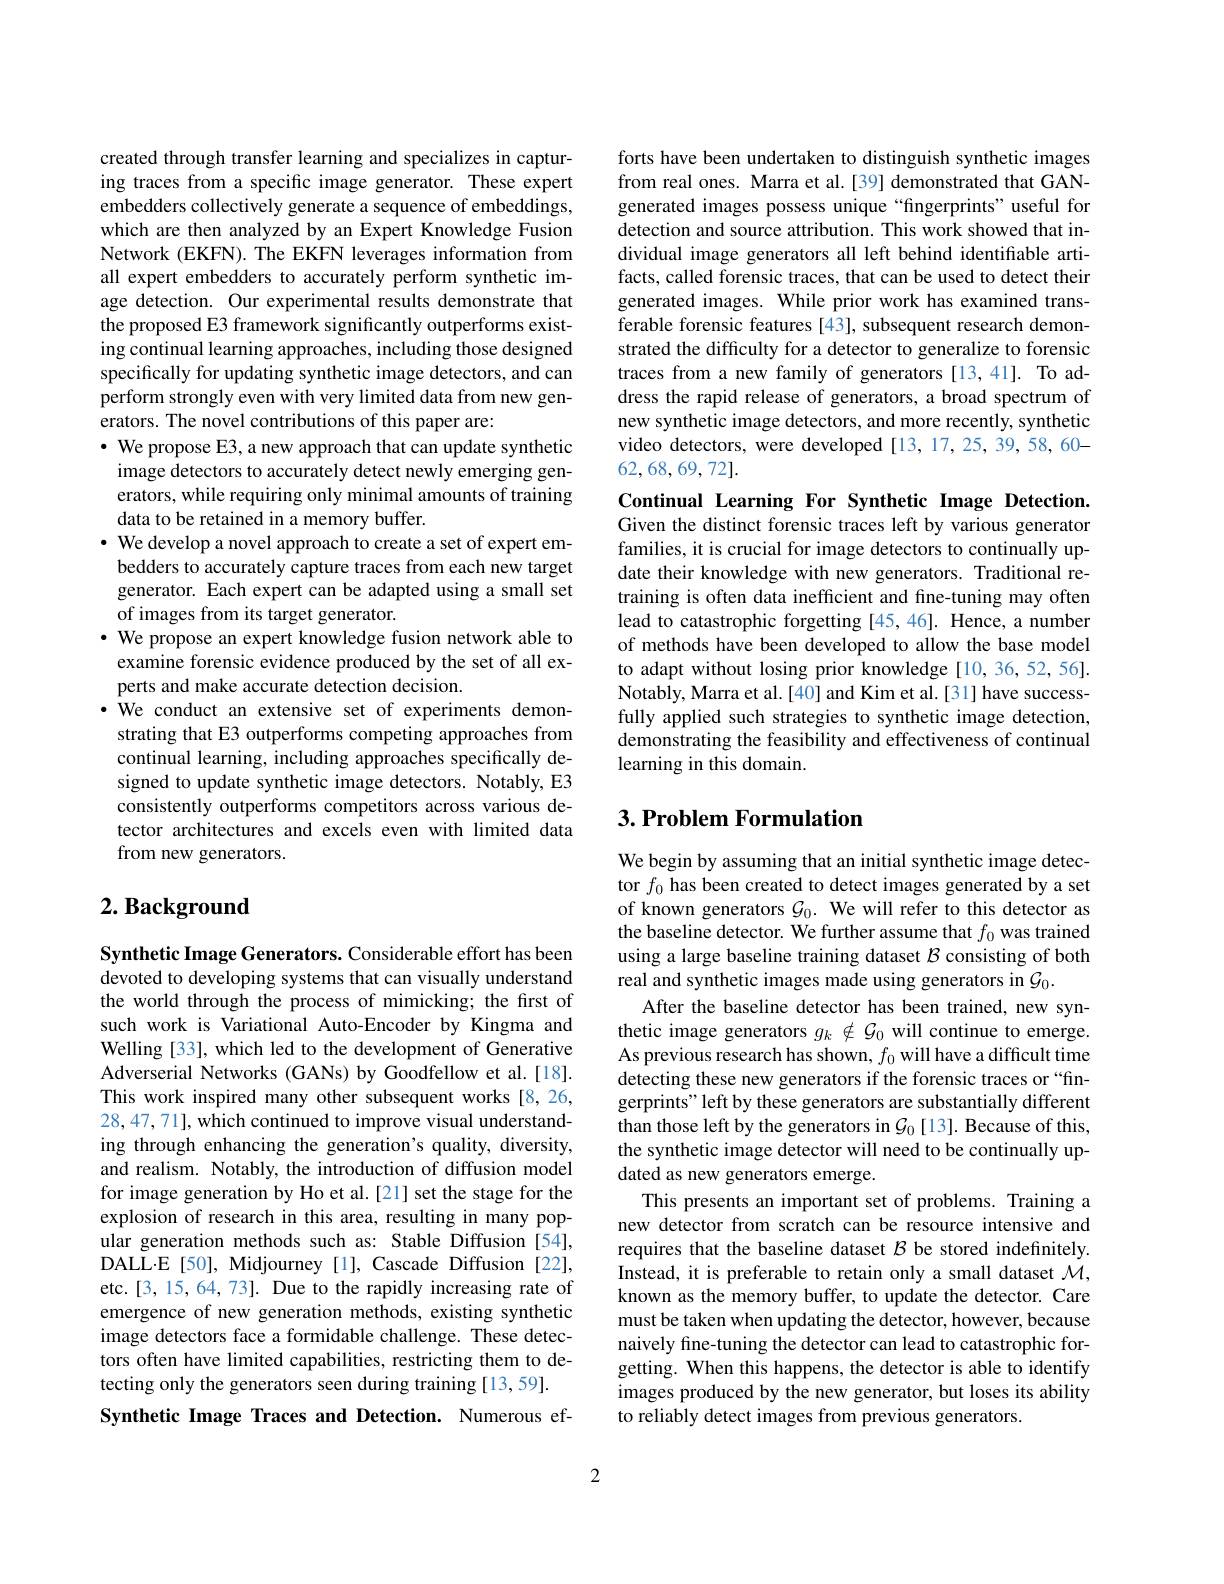
created through transfer learning and specializes in capturing traces from a specific image generator. These expert embedders collectively generate a sequence of embeddings, which are then analyzed by an Expert Knowledge Fusion Network (EKFN). The EKFN leverages information from all expert embedders to accurately perform synthetic image detection. Our experimental results demonstrate that the proposed E3 framework significantly outperforms existing continual learning approaches, including those designed specifically for updating synthetic image detectors, and can perform strongly even with very limited data from new generators. The novel contributions of this paper are:
$\cdot$ We propose E3, a new approach that can update synthetic image detectors to accurately detect newly emerging generators, while requiring only minimal amounts of training data to be retained in a memory buffer.
$\bullet$ We develop a novel approach to create a set of expert em-
bedders to accurately capture traces from each new target generator. Each expert can be adapted using a small set of images from its target generator.
$\cdot$ We propose an expert knowledge fusion network able to
examine forensic evidence produced by the set of all ex-
perts and make accurate detection decision.
·We conduct an extensive set of experiments demonstrating that E3 outperforms competing approaches from continual learning, including approaches specifically designed to update synthetic image detectors. Notably, E3 consistently outperforms competitors across various detector architectures and excels even with limited data from new generators.

# $2. \textbf{ Background}$

Synthetic Image Generators. Considerable effort has been devoted to developing systems that can visually understand the world through the process of mimicking; the first of such work is Variational Auto-Encoder by Kingma and Welling [33], which led to the development of Generative Adverserial Networks (GANs) by Goodfellow et al.[18]. This work inspired many other subsequent works [8,26, 28,47,71], which continued to improve visual understanding through enhancing the generation's quality, diversity, and realism. Notably, the introduction of diffusion model for image generation by Ho et al.[21] set the stage for the explosion of research in this area, resulting in many popular generation methods such as: Stable Diffusion [54], $DALL\cdot E[50], Midjourney [1], Cascade Diffusion [22]$, etc.[3,15,64,73]. Due to the rapidly increasing rate of emergence of new generation methods, existing synthetic image detectors face a formidable challenge. These detectors often have limited capabilities, restricting them to detecting only the generators seen during training [13,59].
Synthetic Image Traces and Detection. Numerous ef-

forts have been undertaken to distinguish synthetic images from real ones. Marra et al.[39] demonstrated that GANgenerated images possess unique “fingerprints”useful for detection and source attribution. This work showed that individual image generators all left behind identifiable artifacts, called forensic traces, that can be used to detect their generated images. While prior work has examined transferable forensic features [43], subsequent research demonstrated the difficulty for a detector to generalize to forensic traces from a new family of generators [13,41]. To address the rapid release of generators, a broad spectrum of new synthetic image detectors, and more recently, synthetic video detectors, were developed [13,17,25,39,58,60- 62,68,69,72].

Continual Learning For Synthetic Image Detection. Given the distinct forensic traces left by various generator families, it is crucial for image detectors to continually update their knowledge with new generators. Traditional retraining is often data inefficient and fine-tuning may often lead to catastrophic forgetting [45,46]. Hence, a number of methods have been developed to allow the base model to adapt without losing prior knowledge[10,36,52,56]. Notably, Marra et al. [40] and Kim et al.[31] have successfully applied such strategies to synthetic image detection, demonstrating the feasibility and effectiveness of continual learning in this domain.

## $3. \textbf{ Problem Formulation}$

We begin by assuming that an initial synthetic image detector $f_0$ has been created to detect images generated by a set of known generators $\mathcal{G}_0.$ We will refer to this detector as the baseline detector. We further assume that $f_0$ was trained using a large baseline training dataset $\mathcal{B}$ consisting of both real and synthetic images made using generators in $\mathcal{G}_0.$
After the baseline detector has been trained, new synthetic image generators $g_k\notin\mathcal{G}_0$ will continue to emerge. As previous research has shown, $f_0$ will have a difficult time detecting these new generators if the forensic traces or“fingerprints" left by these generators are substantially different than those left by the generators in $\mathcal{G}_0$ [13]. Because of this, the synthetic image detector will need to be continually updated as new generators emerge.
This presents an important set of problems. Training a new detector from scratch can be resource intensive and requires that the baseline dataset $\mathcal{B}$ be stored indefinitely. Instead, it is preferable to retain only a small dataset $\mathcal{M}$, known as the memory buffer, to update the detector. Care must be taken when updating the detector, however, because naively fine-tuning the detector can lead to catastrophic forgetting. When this happens, the detector is able to identify images produced by the new generator, but loses its ability to reliably detect images from previous generators.

2